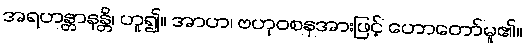
အရဟန္တာနန္တိ၊ ဟူ၍။ အာဟ၊ ဗဟုဝစနအားဖြင့် ဟောတော်မူ၏။